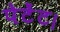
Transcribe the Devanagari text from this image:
पेटेंट।